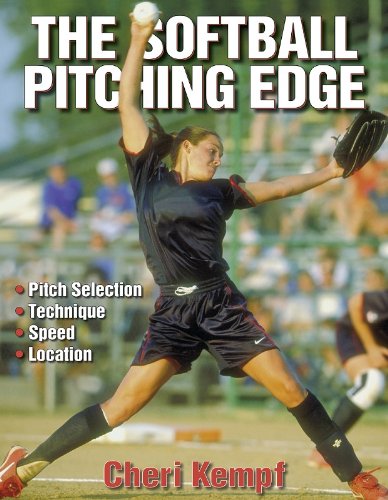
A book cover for The Softball Pitching Edge; Cheri Kempf; Sports & Outdoors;